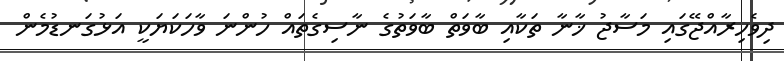
ދިވެހިރާއްޖޭގައި މަސާޖު ޚާނާ ތަކާއި ބާވަތް ބާވަތުގެ ނާސިގެތައް ހުންނަ ވާހަކަޔަކީ އަޅުގަނޑުމެން